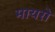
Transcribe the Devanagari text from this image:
मायरो